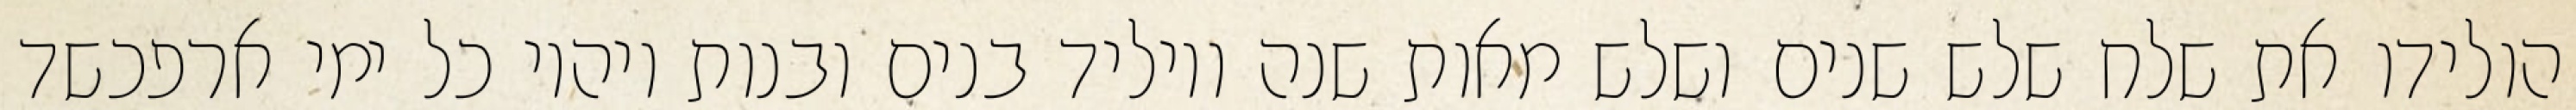
הולידו את שלח שלש שנים ושלש מאות שנה ויוליד בנים ובנות ויהיו כל ימי ארפכשד